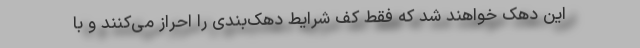
این دهک خواهند شد که فقط کف شرایط دهک‌بندی را احراز می‌کنند و با